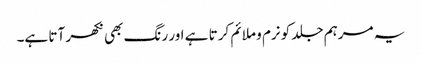
یہ مرہم جلد کو نرم و ملائم کرتا ہے اور رنگ بھی نکھر آتا ہے۔